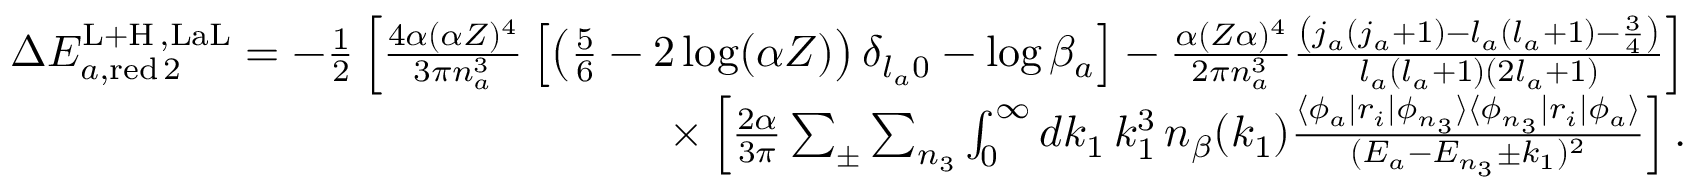
\begin{array} { r } { \Delta E _ { a , \mathrm { r e d } \, 2 } ^ { \mathrm { L + H } \, , \mathrm { L a L } } = - \frac { 1 } { 2 } \left[ \frac { 4 \alpha ( \alpha Z ) ^ { 4 } } { 3 \pi n _ { a } ^ { 3 } } \left[ \left( \frac { 5 } { 6 } - 2 \log ( \alpha Z ) \right) \delta _ { l _ { a } 0 } - \log \beta _ { a } \right] - \frac { \alpha ( Z \alpha ) ^ { 4 } } { 2 \pi n _ { a } ^ { 3 } } \frac { \left( j _ { a } ( j _ { a } + 1 ) - l _ { a } ( l _ { a } + 1 ) - \frac { 3 } { 4 } \right) } { l _ { a } ( l _ { a } + 1 ) ( 2 l _ { a } + 1 ) } \right] } \\ { \times \left[ \frac { 2 \alpha } { 3 \pi } \sum _ { \pm } \sum _ { n _ { 3 } } \int _ { 0 } ^ { \infty } d k _ { 1 } \, k _ { 1 } ^ { 3 } \, n _ { \beta } ( k _ { 1 } ) \frac { \langle \phi _ { a } | r _ { i } | \phi _ { n _ { 3 } } \rangle \langle \phi _ { n _ { 3 } } | r _ { i } | \phi _ { a } \rangle } { ( E _ { a } - E _ { n _ { 3 } } \pm k _ { 1 } ) ^ { 2 } } \right] . } \end{array}